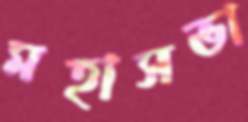
মহাসভা